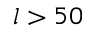
l > 5 0